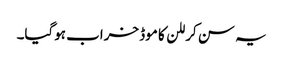
یہ سن کر للن کا موڈ خراب ہوگیا۔